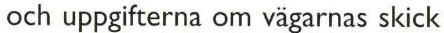
och uppgifterna om vägarnas skick